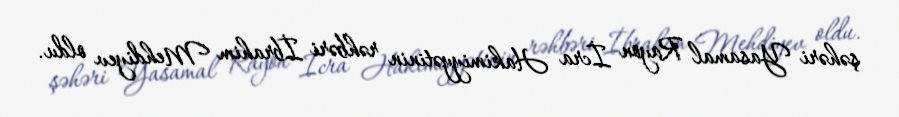
şəhəri Yasamal Rayon İcra Hakimiyyətinin rəhbəri İbrahim Mehdiyev oldu.